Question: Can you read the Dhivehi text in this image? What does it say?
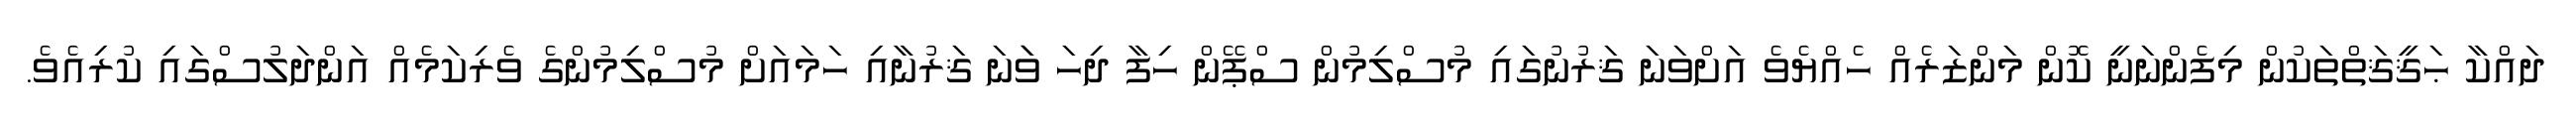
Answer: ދައްކާ ޙަޤީޤަތްތަކުން މިފެންނަނީ ކޮން މަންޒަރެއް ހެއްޔެވެ އަށްވަނަ ޤަރުނުގައި މުސްލިމުން ސްޕޭން ހިފާ ދިހަ ވަަނަ ޤަރުނާއި ހަމައަށް މުސްލިމުންގެ ވެރިކަމެއް އަންދަލުސްގައި ކުރިއެވެ.